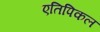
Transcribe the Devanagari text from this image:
एतिपिकल